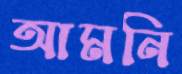
আমনি